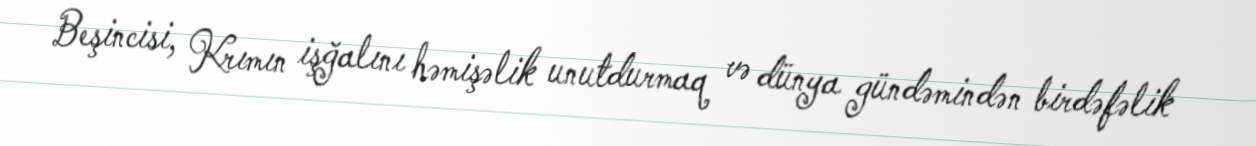
Beşincisi, Krımın işğalını həmişəlik unutdurmaq və dünya gündəmindən birdəfəlik